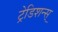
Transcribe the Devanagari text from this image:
ट्रेडिशन्स्‌